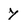
Character: Y